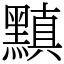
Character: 黰